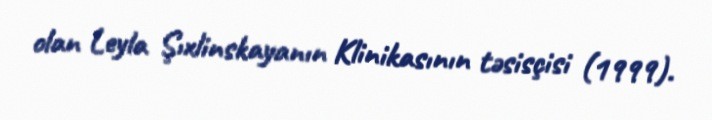
olan Leyla Şıxlinskayanın Klinikasının təsisçisi (1999).